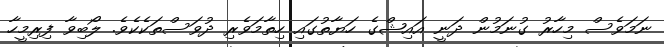
ނަމަވެސް މިހާރު ގުނަމުން ދަނީ އައިޝްގެ ހަޔާތުގައި ހިތާމަވެރި ދުވަސްތަކެކެވެ. ލޯބިވާ ފިރިމީހާ